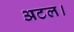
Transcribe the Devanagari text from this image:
अटल।